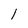
Character: 1